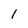
Character: 1